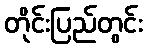
တိုင်းပြည်တွင်း